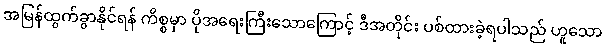
အမြန်ထွက်ခွာနိုင်ရန် ကိစ္စမှာ ပိုအရေးကြီးသောကြောင့် ဒီအတိုင်း ပစ်ထားခဲ့ရပါသည် ဟူသော